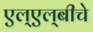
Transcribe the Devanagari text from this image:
एल्‌एल्‌बीचे